Annual statistical returns and brief notes on vaccination in Bengal - 1887-1898
Year: 1887
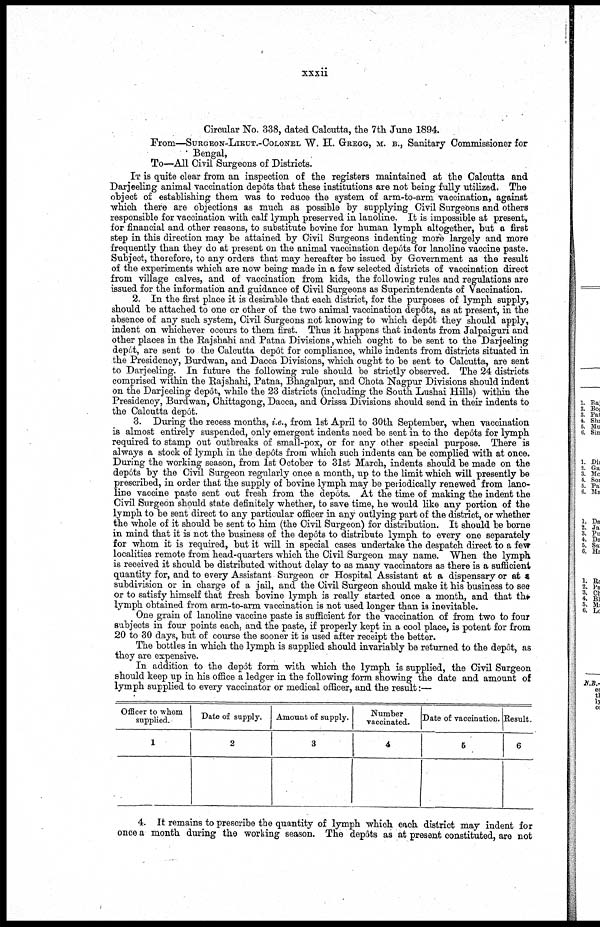
xxxii
Circular No. 338, dated Calcutta, the 7th June 1894.
From—SURGEON-LIEUT.-COLONEL W. H. GREGG, M. B., Sanitary Commissioner for
Bengal,
To—All Civil Surgeons of Districts.
IT is quite clear from an inspection of the registers maintained at the Calcutta and
Darjeeling animal vaccination depôts that these institutions are not being fully utilized. The
object of establishing them was to reduce the system of arm-to-arm vaccination, against
which there are objections as much as possible by supplying Civil Surgeons and others
responsible for vaccination with calf lymph preserved in lanoline. It is impossible at present,
for financial and other reasons, to substitute bovine for human lymph altogether, but a first
step in this direction may be attained by Civil Surgeons indenting more largely and more
frequently than they do at present on the animal vaccination depôts for lanoline vaccine paste.
Subject, therefore, to any orders that may hereafter be issued by Government as the result
of the experiments which are now being made in a few selected districts of vaccination direct
from village calves, and of vaccination from kids, the following rules and regulations are
issued for the information and guidance of Civil Surgeons as Superintendents of Vaccination.
2. In the first place it is desirable that each district, for the purposes of lymph supply,
should be attached to one or other of the two animal vaccination depôts, as at present, in the
absence of any such system, Civil Surgeons not knowing to which depôt they should apply,
indent on whichever occurs to them first. Thus it happens that indents from Jalpaiguri and
other places in the Rajshahi and Patna Divisions, which ought to be sent to the Darjeeling
depôt, are sent to the Calcutta depôt for compliance, while indents from districts situated in
the Presidency, Burdwan, and Dacca Divisions, which ought to be sent to Calcutta, are sent
to Darjeeling. In future the following rule should be strictly observed. The 24 districts
comprised within the Rajshahi, Patna, Bhagalpur, and Chota Nagpur Divisions should indent
on the Darjeeling depôt, while the 23 districts (including the South Lushai Hills) within the
Presidency, Burdwan, Chittagong, Dacca, and Orissa Divisions should send in their indents to
the Calcutta depôt.
3. During the recess months, i.e., from 1st April to 30th September, when vaccination
is almost entirely suspended, only emergent indents need be sent in to the depôts for lymph
required to stamp out outbreaks of small-pox, or for any other special purpose. There is
always a stock of lymph in the depôts from which such indents can be complied with at once.
During the working season, from 1st October to 31st March, indents should be made on the
depôts by the Civil Surgeon regularly once a month, up to the limit which will presently be
prescribed, in order that the supply of bovine lymph may be periodically renewed from lano-
line vaccine paste sent out fresh from the depôts. At the time of making the indent the
Civil Surgeon should state definitely whether, to save time, he would like any portion of the
lymph to be sent direct to any particular officer in any outlying part of the district, or whether
the whole of it should be sent to him (the Civil Surgeon) for distribution. It should be borne
in mind that it is not the business of the depôts to distribute lymph to every one separately
for whom it is required, but it will in special cases undertake the despatch direct to a few
localities remote from head-quarters which the Civil Surgeon may name. When the lymph
is received it should be distributed without delay to as many vaccinators as there is a sufficient
quantity for, and to every Assistant Surgeon or Hospital Assistant at a dispensary or at a
subdivision or in charge of a jail, and the Civil Surgeon should make it his business to see
or to satisfy himself that fresh bovine lymph is really started once a month, and that the
lymph obtained from arm-to-arm vaccination is not used longer than is inevitable.
One grain of lanoline vaccine paste is sufficient for the vaccination of from two to four
subjects in four points each, and the paste, if properly kept in a cool place, is potent for from
20 to 30 days, but of course the sooner it is used after receipt the better.
The bottles in which the lymph is supplied should invariably be returned to the depôt, as
they are expensive.
In addition to the depôt form with which the lymph is supplied, the Civil Surgeon
should keep up in his office a ledger in the following form showing the date and amount of
lymph supplied to every vaccinator or medical officer, and the result:—
Officer to whom
supplied.
1
Date of supply.
2
Amount of supply.
3
Number
vaccinated.
4
Date of vaccination.
5
Result.
6
4. It remains to prescribe the quantity of lymph which each district may indent for
once a month during the working season. The depôts as at present constituted, are not